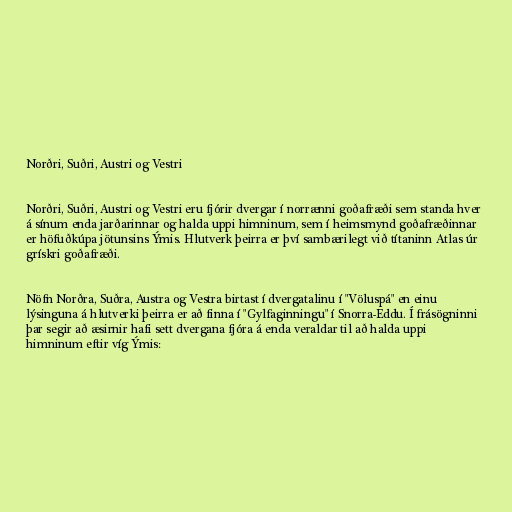
Norðri, Suðri, Austri og Vestri

Norðri, Suðri, Austri og Vestri eru fjórir dvergar í norrænni goðafræði sem standa hver
á sínum enda jarðarinnar og halda uppi himninum, sem í heimsmynd goðafræðinnar
er höfuðkúpa jötunsins Ýmis. Hlutverk þeirra er því sambærilegt við títaninn Atlas úr
grískri goðafræði.

Nöfn Norðra, Suðra, Austra og Vestra birtast í dvergatalinu í "Völuspá" en einu
lýsinguna á hlutverki þeirra er að finna í "Gylfaginningu" í Snorra-Eddu. Í frásögninni
þar segir að æsirnir hafi sett dvergana fjóra á enda veraldar til að halda uppi
himninum eftir víg Ýmis: